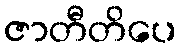
ဇာတီတိပေ